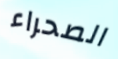
الصحراء